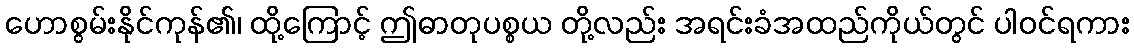
ဟောစွမ်းနိုင်ကုန်၏၊ ထို့ကြောင့် ဤဓာတုပစ္စယ တို့လည်း အရင်းခံအထည်ကိုယ်တွင် ပါဝင်ရကား